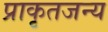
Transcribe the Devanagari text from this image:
प्राकृतजन्य